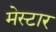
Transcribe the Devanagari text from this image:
मेस्टार